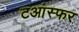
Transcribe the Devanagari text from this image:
टआंस्फर